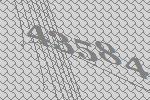
43584